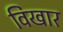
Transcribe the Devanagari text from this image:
विखार